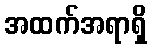
အထက်အရာရှိ